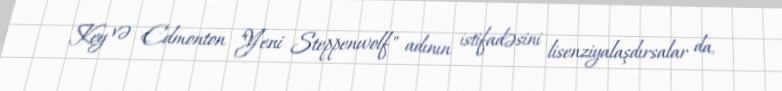
Key və Edmonton "Yeni Steppenwolf" adının istifadəsini lisenziyalaşdırsalar da,